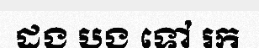
ដង បង ទៅ រក